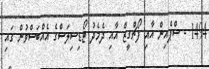
1494 - ސްޕެއިން އާއި ފޯޗްގީޒް އާއި ދެމެދު ޓޯޑިސިލަސްގެ އެއްބަސްވުން ގައި